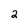
Character: 2